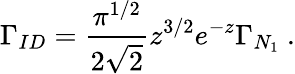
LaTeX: \Gamma_{ID}=\frac{\pi^{1/2}}{2\sqrt{2}}z^{3/2}e^{-z}\Gamma_{N_{1}}\ .